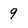
Character: 9